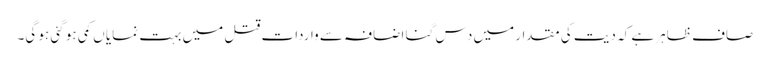
صاف ظاہر ہے کہ دیت کی مقدار میں دس گنا اضافہ سے وارداتِ قتل میں بہت نمایا ں کمی ہو گئی ہو گی۔